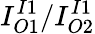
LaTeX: I_{O1}^{I1}/I_{O2}^{I1}